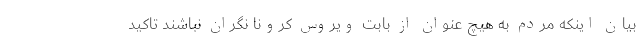
بیان اینکه مردم به هیچ عنوان از بابت ویروس کرونا نگران نباشند تاکید